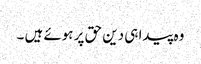
وہ پیدا ہی دین حق پر ہوئے ہیں ۔